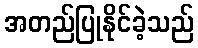
အတည်ပြုနိုင်ခဲ့သည်